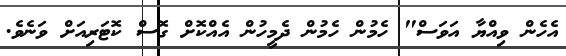
އެހެން ވިއްޔާ އަވަސް" ހެމުން ހެމުން ދެމީހުން އެއްކޮށް ގޮސް ކޮޓަރިއަށް ވަނެވެ.